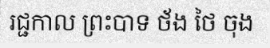
រជ្ជកាល ព្រះបាទ ថ័ង ថៃ ចុង